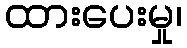
ထားပေးမှု၊